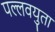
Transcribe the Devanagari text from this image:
पल्लवयुता